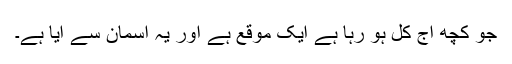
جو کچھ آج کل ہو رہا ہے ایک موقع ہے اور یہ آسمان سے آیا ہے۔